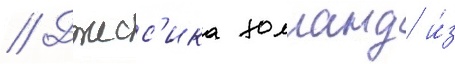
// Джесс'ика холланд и́з